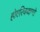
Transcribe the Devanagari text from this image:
होएरिकवाग्गो